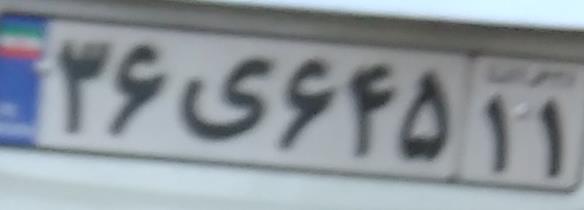
۳۶ی۶۴۵۱۱